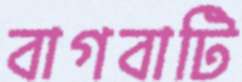
বাগবাটি